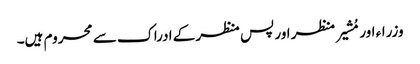
وزراء اور مُشیر منظر اور پس منظر کے ادراک سے محروم ہیں۔